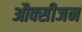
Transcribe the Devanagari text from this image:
औक्सीजन